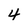
Character: 4